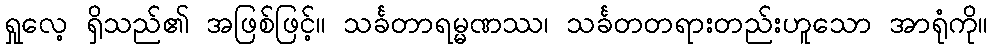
ရှုလေ့ ရှိသည်၏ အဖြစ်ဖြင့်။ သင်္ခတာရမ္မဏဿ၊ သင်္ခတတရားတည်းဟူသော အာရုံကို။